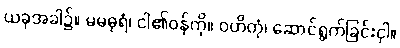
ယခုအခါ၌။ မမဓုရံ၊ ငါ၏ဝန်ကို။ ဝဟိတုံ၊ ဆောင်ရွက်ခြင်းငှါ။